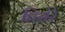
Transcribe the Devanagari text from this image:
प्रिसेरे